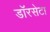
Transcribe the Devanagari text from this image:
डॉरसेटा